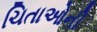
ચિતાઓની